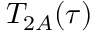
T _ { 2 A } ( \tau )